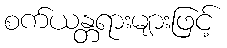
စက်ယန္တရားများဖြင့်